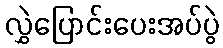
လွှဲပြောင်းပေးအပ်ပွဲ